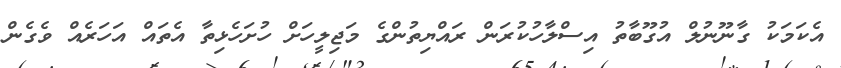
އެކަމަކު ގާނޫނުލް އުގޫބާތު އިސްލާހުކުރަން ރައްޔިތުންގެ މަޖިލީހަށް ހުށަހެޅިތާ އެތައް އަހަރެއް ވެގެން